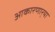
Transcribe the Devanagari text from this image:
आकारणार्‍या